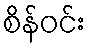
စိန်ဝင်း